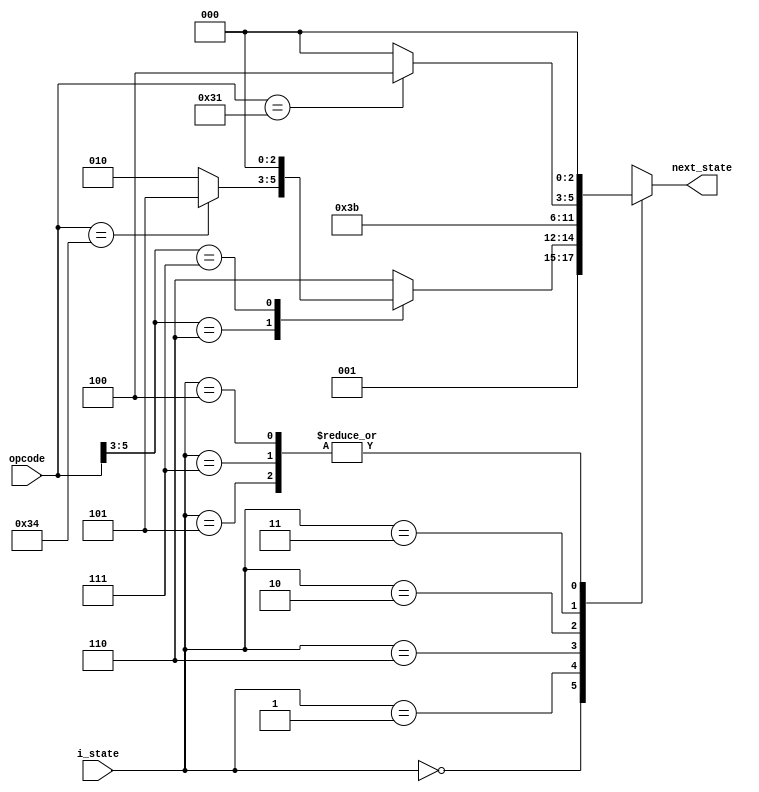
`timescale 1ns / 1ps
module NextState(i_state, opcode, next_state);
    input [2:0]i_state;
    input [5:0]opcode;
    output reg[2:0]next_state;
    parameter [2:0] IF = 3'b000, 
                    ID = 3'b001, 
                    aEXE = 3'b110, 
                    bEXE = 3'b101, 
                    cEXE = 3'b010, 
                    MEM = 3'b011, 
                    aWB = 3'b111, 
                    cWB = 3'b100; 
    always @(i_state or opcode) begin
        case (i_state)
            IF: next_state = ID;
            ID: begin
                case (opcode[5:3])
                    3'b110: begin
                        if (opcode == 6'b110100) next_state = bEXE; 
                        else next_state = cEXE; 
                    end
                    3'b111: next_state = IF; 
                    default: next_state = aEXE; 
                endcase
            end
            aEXE: next_state = aWB;
            bEXE: next_state = IF;
            cEXE: next_state = MEM;
            MEM: begin
                if (opcode == 6'b110001) next_state = cWB; 
                else next_state = IF; 
            end
            aWB: next_state = IF;
            cWB: next_state = IF;
            default: next_state = IF;
        endcase
    end
endmodule